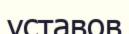
уставов